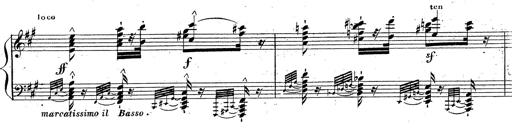
Title: Grande fantaisie sur la tyrolienne de l'opÃ©ra
Composer: Franz Liszt
Key: A major